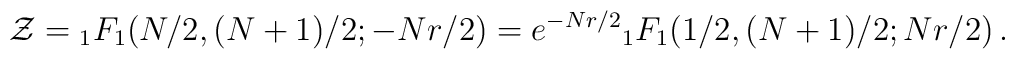
{\cal Z} = {}_{1}F_{1}(N/2,(N+1)/2;-Nr/2)=e^{-Nr/2} {}_{1}F_{1} (1/2 , (N+1)/2 ; Nr/2)\, .